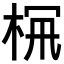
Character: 𣑪